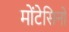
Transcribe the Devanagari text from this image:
मोंटेसिनो